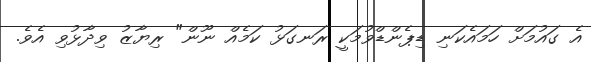
އެ ގައުމަށް ހަމައެކަނި ޑިޕެންޑްވުމަކީ ރަނގަޅު ކަމެއް ނޫން" ރިޔާޒު ވިދާޅުވި އެވެ.